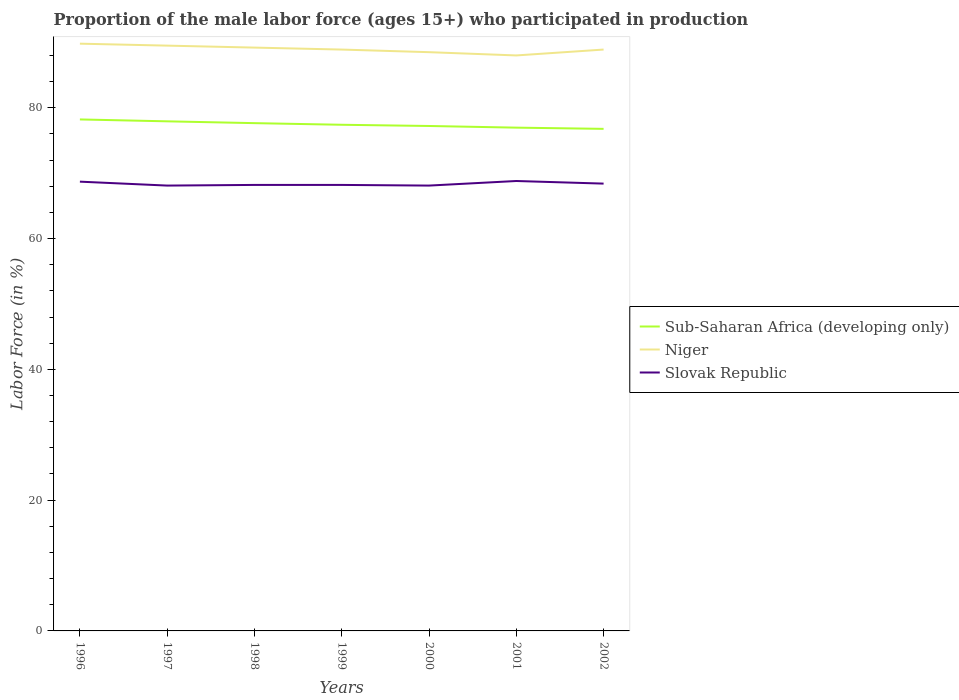
| Years | Sub-Saharan Africa (developing only) | Niger | Slovak Republic |
 | --- | --- | --- | --- |
 | 1996 | 78.2 | 89.8 | 68.7 |
 | 1997 | 77.9 | 89.5 | 68.1 |
 | 1998 | 77.6 | 89.2 | 68.2 |
 | 1999 | 77.4 | 88.9 | 68.2 |
 | 2000 | 77.2 | 88.5 | 68.1 |
 | 2001 | 77 | 88 | 68.8 |
 | 2002 | 76.8 | 88.9 | 68.4 |